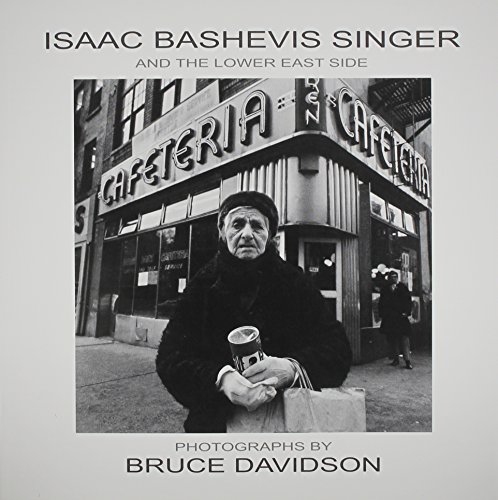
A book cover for Isaac Bashevis Singer and the Lower East Side; Bruce Davidson; Travel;